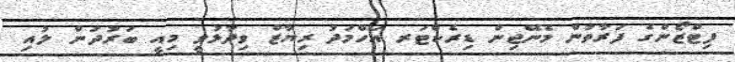
ފިޓްޒޯންގެ ފަރާތުން މެނޭޖިން ޑިރެކްޓަރ އަހްމަދު ރިޔާޒް ވިދާޅުވީ މިއީ ބަރުދަން ލުއި